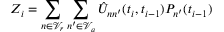
Z _ { i } = \sum _ { n \in \mathcal { V } _ { r } } \sum _ { n ^ { \prime } \in \mathcal { V } _ { a } } \hat { U } _ { n n ^ { \prime } } ( t _ { i } , t _ { i - 1 } ) P _ { n ^ { \prime } } ( t _ { i - 1 } )